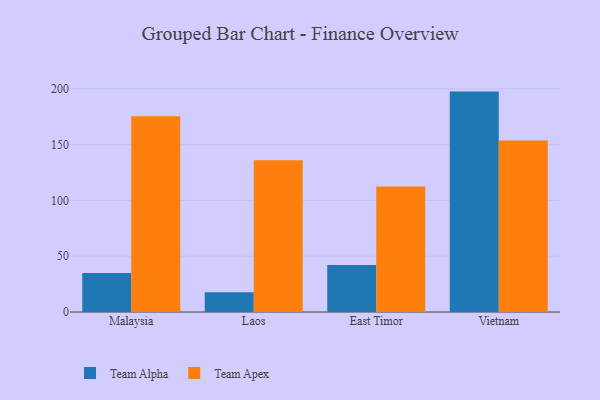
{"axis": {"x": "Country", "y": "Website Visitors"}, "legend": ["Team Alpha", "Team Apex"], "data": [{"x": "Malaysia", "y": 34.9, "type": "Team Alpha"}, {"x": "Malaysia", "y": 175.3, "type": "Team Apex"}, {"x": "Laos", "y": 17.8, "type": "Team Alpha"}, {"x": "Laos", "y": 135.9, "type": "Team Apex"}, {"x": "East Timor", "y": 42.2, "type": "Team Alpha"}, {"x": "East Timor", "y": 112.4, "type": "Team Apex"}, {"x": "Vietnam", "y": 197.5, "type": "Team Alpha"}, {"x": "Vietnam", "y": 153.6, "type": "Team Apex"}]}